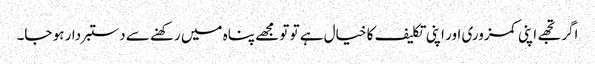
اگر تجھے اپنی کمزوری اور اپنی تکلیف کا خیال ہے تو تو مجھے پناہ میں رکھنے سے دستبردار ہو جا۔